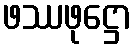
ဖဿဖုဋ္ဌော